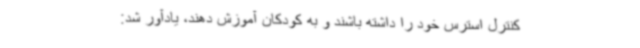
کنترل استرس خود را داشته باشند و به کودکان آموزش دهند، یادآور شد: